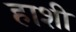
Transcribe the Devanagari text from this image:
हाशी